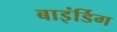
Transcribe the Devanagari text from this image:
बाइंर्डिग